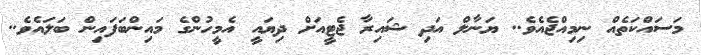
މަސައްކަތެއް ނިމިއްޖެއެވެ.. ޔަނާލް އަދި ޝައިރާ ޖެޓީއަށް ދިޔައީ އެމީހުންގެ މައިންބަފައިން ބަލައެވެ..